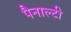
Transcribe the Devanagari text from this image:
पैनाल्टी